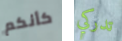
كأنكم تدركي